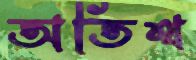
অতিথ